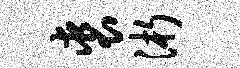
裘浙